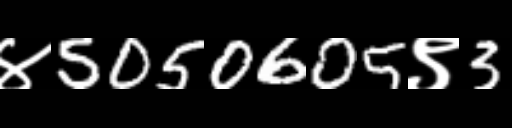
Text: ४5050605९3